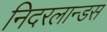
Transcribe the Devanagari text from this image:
निदरलान्डस